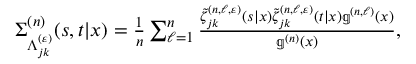
\begin{array} { r } { \mathbb { \Sigma } _ { \Lambda _ { j k } ^ { ( \varepsilon ) } } ^ { ( n ) } ( s , t | x ) = \frac { 1 } { n } \sum _ { \ell = 1 } ^ { n } \frac { \tilde { \zeta } _ { j k } ^ { ( n , \ell , \varepsilon ) } ( s | x ) \tilde { \zeta } _ { j k } ^ { ( n , \ell , \varepsilon ) } ( t | x ) \mathbb { g } ^ { ( n , \ell ) } ( x ) } { \mathbb { g } ^ { ( n ) } ( x ) } , } \end{array}